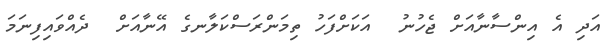
އަދި އެ އިންސާނާއަށް ޖެހުނު  އަކަށްފަހު ތިމަންރަސްކަލާނގެ އޭނާއަށް  ދެއްވައިފިނަމަ